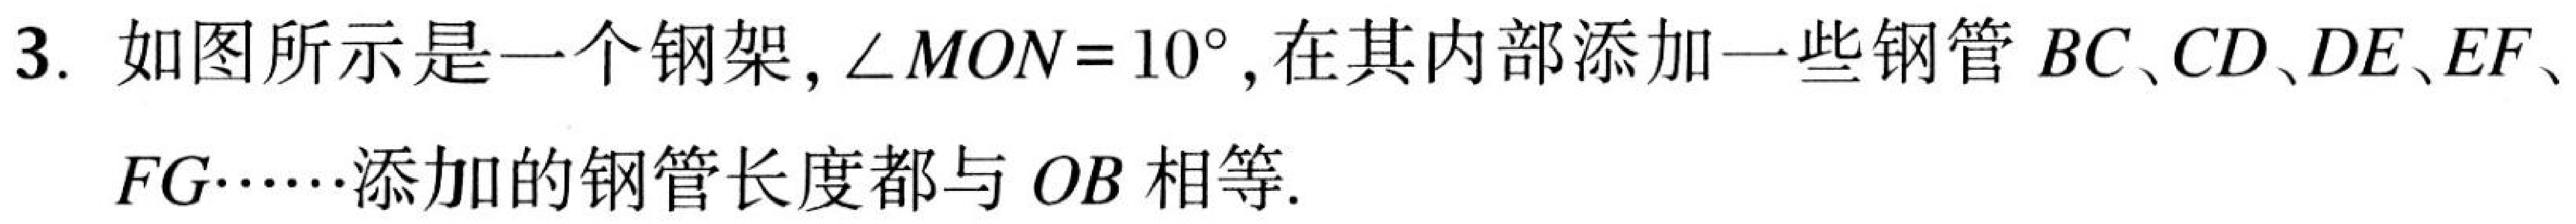
3. 如图所示是一个钢架，\(\angle MON = 10^{\circ}\)，在其内部添加一些钢管\(BC、CD、DE、EF、FG\cdots\cdots\)添加的钢管长度都与\(OB\)相等.